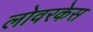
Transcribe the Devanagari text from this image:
लोवरकेस